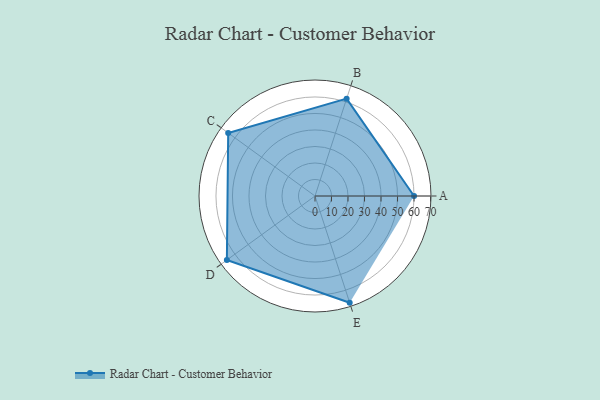
{"axis": {"x": "Skill", "y": "Score"}, "legend": ["Profile"], "data": [{"x": "A", "y": 60.0, "type": "Profile"}, {"x": "B", "y": 62.0, "type": "Profile"}, {"x": "C", "y": 65.0, "type": "Profile"}, {"x": "D", "y": 66.0, "type": "Profile"}, {"x": "E", "y": 68.0, "type": "Profile"}]}